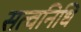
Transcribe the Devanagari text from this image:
सत्वनिधि